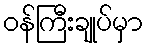
ဝန်ကြီးချုပ်မှာ